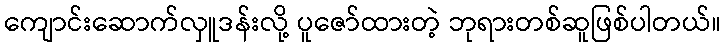
ကျောင်းဆောက်လှူဒန်းလို့ ပူဇော်ထားတဲ့ ဘုရားတစ်ဆူဖြစ်ပါတယ်။